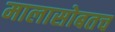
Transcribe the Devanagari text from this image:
मालासोबतच